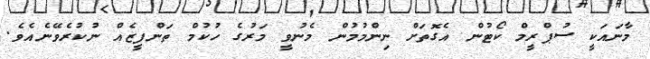
މާނައަކީ ސުޕްރީމް ކޯޓުން އެގޮތަށް ނިންމުމުން މެނުވީ މަރުގެ ހުކުމް ތަންފީޒެއް ނުކުރެވޭނެއެވެ.